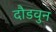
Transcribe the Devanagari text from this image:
दौडवुन